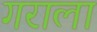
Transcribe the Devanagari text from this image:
गराला